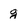
Character: g